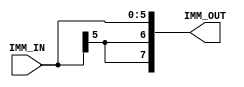
module sign_extend(IMM_IN,IMM_OUT);

input  [5:0]IMM_IN;
output [7:0]IMM_OUT;


assign	IMM_OUT[5:0] = IMM_IN[5:0];
assign	IMM_OUT[6]   = IMM_IN[5];
assign	IMM_OUT[7]   = IMM_IN[5];

endmodule